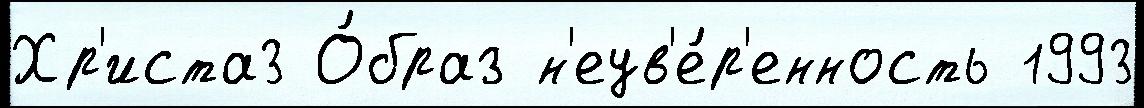
Хр'иста3 О́браз н'еув'е́р'енность 1993